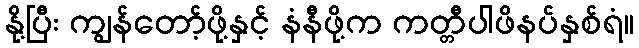
နို့ပြီး ကျွန်တော့်ဖို့နှင့် နံနီဖို့က ကတ္တီပါဖိနပ်နှစ်ရံ။